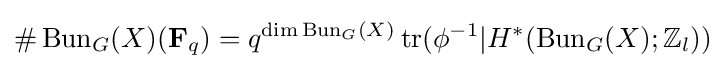
\#\operatorname {Bun} _{G}(X)(\mathbf {F} _{q})=q^{\dim \operatorname {Bun} _{G}(X)}\operatorname {tr} (\phi ^{-1}|H^{*}(\operatorname {Bun} _{G}(X);\mathbb {Z} _{l}))